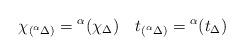
LaTeX: \begin{align*} \chi_{({}^\alpha \Delta)} = {}^\alpha(\chi_\Delta) \quad t_{({}^\alpha\Delta)} = {}^\alpha(t_\Delta)\end{align*}